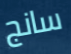
سانج